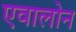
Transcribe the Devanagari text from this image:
एवालोन